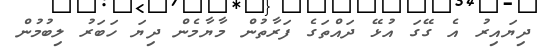
ދިޔައިރު އެ ގޭގަ އުޅޭ ދައްތަގެ ފަރާތުން މާޔާމެން ދިޔަ ހަބަރު ލިބުމުން